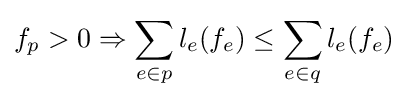
f_{p}>0\Rightarrow \sum _{e\in p}{l_{e}(f_{e})}\leq \sum _{e\in q}{l_{e}(f_{e})}